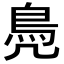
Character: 鳧